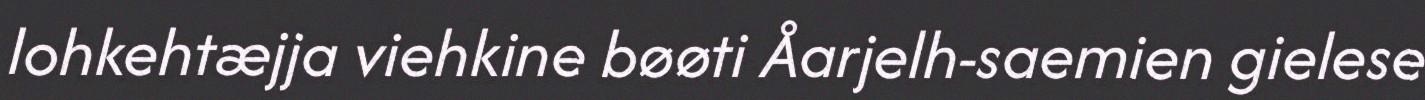
lohkehtæjja viehkine bøøti Åarjelh-saemien gielese